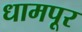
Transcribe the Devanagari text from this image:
धामपूर